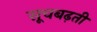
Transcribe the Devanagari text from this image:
सूचबढ़ती